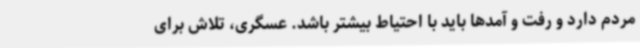
مردم دارد و رفت‌ و آمدها باید با احتیاط بیشتر باشد. عسگری، تلاش برای